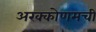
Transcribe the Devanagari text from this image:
अरक्कोणमची